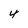
Character: 4